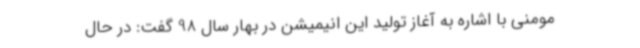
مومنی با اشاره به آغاز تولید این انیمیشن در بهار سال 98 گفت: در حال